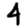
Digit: 4